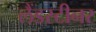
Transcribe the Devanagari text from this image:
लैंडस्टीनर